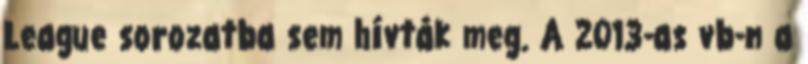
League sorozatba sem hívták meg. A 2013-as vb-n a